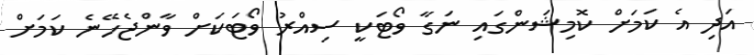
އަދި އެ ކަމަށް ކޮމިޝަންގައި ނަގާ ވޯޓަކީ ސިއްރު ވޯޓަކަށް ވާންޖެހޭނެ ކަމަށް